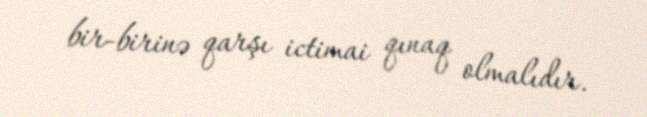
bir-birinə qarşı ictimai qınaq olmalıdır.